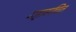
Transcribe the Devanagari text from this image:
महासचित